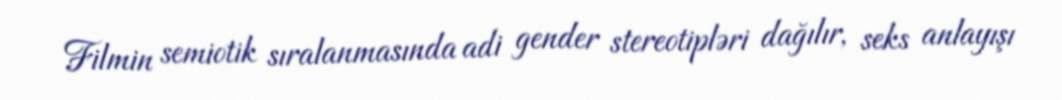
Filmin semiotik sıralanmasında adi gender stereotipləri dağılır, seks anlayışı